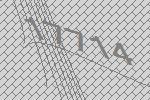
17714